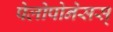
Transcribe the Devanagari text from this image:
पेलोपोनेसस्